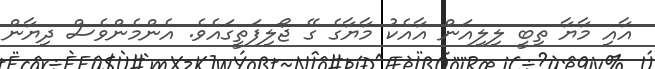
އާއި މާޔާ ތިބީ ލިލިއަން އާއެކު މާޔާގެ ގޭ ޖޯލިފަތީގައެވެ. އެންމެންވެސް ދިޔާން